Report on sanitation, dispensaries, and jails in Rajputana for 1915, and on vaccination for the year 1915-1916 - 1915-1916
Year: 1915
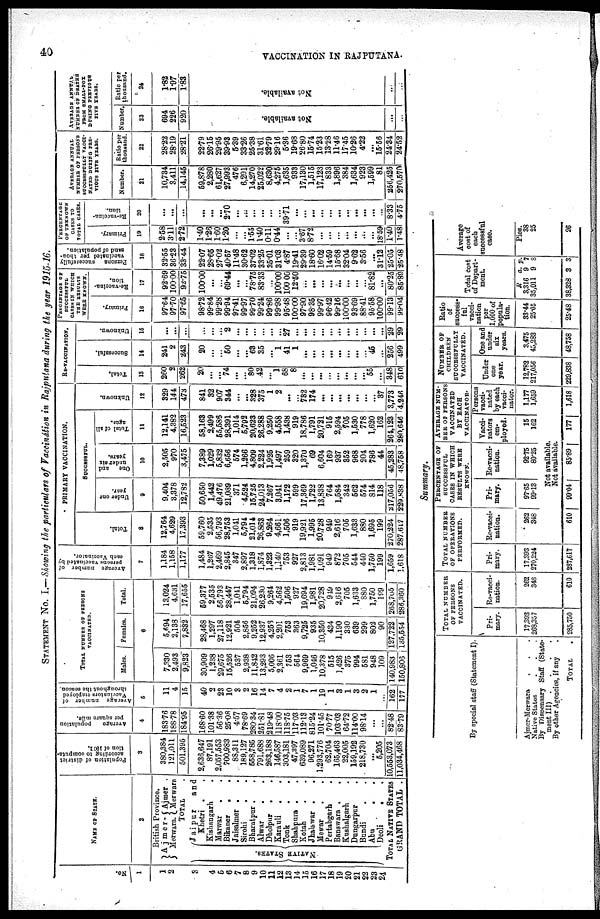
40
VACCINATION IN RAJPUTANA.
STATEMENT No. I.—Showing the particulars of Vaccination in Rajputana during the year 1915-16.
No.
1
1
2
3
4
5
6
7
8
9
10
11
12
13
14
15
16
17
18
19
20
21
22
23
24
NAME OF STATE.
2
British Province.
Ajmer-
Merwara.
Ajmer .
Merwara
TOTAL .
NATIVE STATES.
Jaipur
and
Khetri . .
Kishangarh .
Marwar . .
Bikaner
.
Jaisalmer .
Sirohi . .
Bharatpur . .
Alwar
.
.
Dholpur
. .
Karauli
. .
Tonk . .
Shahpura . .
Kotah . .
Jhalawar . .
Mewar . .
Pertabgarh .
Banswara .
.
Kushalgarh .
Dungarpur .
Bundi . .
Abu
. .
Deoli . .
TOTAL NATIVE STATES
GRAND TOTAL .
Population of district
according to computa-
tion of 1911.
3
380,384
121,011
501,395
2,636,647
87,191
2,057,553
700,983
88,311
189,127
558,785
791,688
263,188
146,587
303,181
47,397
639,089
96,271
1,293,776
62,704
165,463
22,005
159,192
218,730
...
5,205
10,553,073
11,034,468
Average
population
per
square mile.
4
183.76
188.78
184.95
168.60
101.38
56.36
25.08
4.57
78.69
280.34
251.81
219.48
118.00
118.75
117.03
112.13
815.24
101.45
70.77
103.03
64.72
114.00
98.14
...
...
82.48
83.79
Average number of
Vaccinators employed
throughout the season
5
11
4
15
40
2
23
10
3
2
16
14
7
4
2
1
7
1
19
1
3
1
3
2
1
...
162
177
TOTAL NUMBER OF PERSONS
VACCINATED.
Males.
Females.
Total.
6
7,330
2,493
9,823
30,909
1,238
29,675
15,526
537
2,938
11,842
13,293
5,006
2,361
753
564
9,969
1,046
10,378
515
1,426
375
994
581
948
109
140,983
150,806
5,694
2,138
7,832
28,468
1,297
27,118
12,921
504
2,856
9,252
12,937
4,258
2,201
753
363
9,725
935
10,350
434
1,190
330
639
299
802
90
127,722
135,554
13,024
4,631
17,655
59,377
2,535
56,793
28,447
1,041
5,794
21,094
26,230
9,264
4,562
1,506
927
19,694
1,981
20,728
949
2,616
705
1,633
880
1,750
199
268,705
286,360
Average number of
persons
vaccinated by
each Vaccinator.
7
1,184
1,158
1,177
1,484
1,267
2,469
2,845
347
2,897
1,318
1,874
1,323
1,140
753
927
2,813
1,981
1,091
949
872
705
544
440
1,750
199
1,659
1,618
PRIMARY VACCINATION.
Total.
8
12,764
4,629
17,393
59,760
2,535
56,793
28,753
1,041
5,794
21,014
26,863
9,264
4,661
1,506
919
19,921
1,995
20,728
949
2,616
705
1,633
880
1,695
199
270,224
287,617
SUCCESSFUL.
Under one
year.
9
9,404
3,378
12,782
50,650
1,442
49,476
21,089
371
4,524
15,725
24,013
7,267
3,041
1,172
599
17,369
1,722
13,838
764
1,584
342
562
574
814
118
217,056
229,838
One and
under six
years.
10
2,505
970
3,475
7,389
1,029
5,832
6,656
574
1,266
4,809
2,224
1,925
1,497
259
320
1,370
69
6,604
169
937
352
968
204
786
44
45,283
48,758
Total of all
ages.
11
12,141
4,382
16,523
58,163
2,499
55,586
28,391
1,014
5,792
20,623
26,288
9,250
4,558
1,438
919
18,786
1,791
20,721
915
2,594
705
1,530
778
1,620
162
264,123
280,646
Unknown.
12
329
144
473
841
32
907
344
...
...
328
375
1
2
...
...
732
174
...
...
...
...
...
...
...
37
3,773
4,246
RE-VACCINATION.
Total.
13
260
2
262
20
...
...
74
...
...
80
42
...
1
68
8
...
...
...
...
...
...
...
...
55
...
348
610
Successful.
14
241
2
243
20
...
...
50
...
...
63
35
...
1
41
1
...
...
...
...
...
...
...
...
45
...
256
499
Unknown.
15
...
...
...
...
...
...
2
...
...
...
...
...
...
27
...
...
...
...
...
...
...
...
...
...
...
29
29
PERCENTAGE OF
SUCCESSFUL
CASES IN WHICH
THE RESULTS
WERE KNOWN.
Primary.
16
97.64
97.70
97.65
98.72
99.84
99.28
99.94
97.41
99.97
99.70
99.24
99.86
99.98
95.48
100.00
97.90
98.35
99.97
96.42
99.16
100.00
93.69
88.41
95.58
100.00
99.13
99.04
Re-vaccina-
tion.
17
92.69
100.00
92.75
100.00
...
...
69.44
...
...
78.75
83.33
...
100.00
100.00
12.50
...
...
...
...
...
...
...
...
81.82
...
80.25
85.89
Persons
successfully
vaccinated per thou-
sand of population.
18
32.55
36.23
33.44
22.07
28.65
27.02
40.57
11.48
30.62
37.02
33.25
36.01
31.03
4.87
19.41
29.39
18.60
16.02
14.59
15.68
32.04
9.62
3.56
...
31.12
25.05
25.48
PERCENTAGE
OF UNKNOWN
CASES TO
TOTAL CASES.
Primary.
19
2.58
3.11
2.72
1.40
1.26
1.60
1.20
...
...
1.55
1.40
0.11 0.44
...
...
3.67
8.72
...
...
...
...
...
...
...
18.59
1.40
1.48
Re-vaccina-
tion.
20
...
...
...
...
...
...
2.70
...
...
...
...
...
...
39.71
...
...
...
...
...
...
...
...
...
...
...
8.33
4.75
AVERAGE ANNUAL
NUMBER OF PERSONS
SUCCESSFULLY VACCI-
NATED DURING PRE-
VIOUS FIVE YEARS.
Number.
21
10,734
3,411
14,145
59,878
2,280
61,627
27,993
476
6,291
14,270
25,022
8,630
4,275
1,635
933
17,130
1,515
17,123
833
1,896
384
1,634
923
1,599
81
256,425
270,570
Ratio per
thousand.
22
28.22
28.19
28.21
22.79
26.15
29.96
39.93
5.39
33.26
25.38
31.61
32.79
29.16
5.36
19.68
26.80
15.74
15.23
13.28
11.46
17.45
10.26
4.22
...
15.56
24.34
24.52
AVERAGE ANNUAL
NUMBER OF DEATHS
FROM SMALL-POX
DURING PREVIOUS
FIVE YEARS.
Number.
23
694
226
920
Not available.
...
...
Ratio per
thousand.
24
1.82
1.97
1.83
Not available.
...
...
Summary.
By special staff (Statement I).
Ajmer-Merwar . . .
Native States . . .
By Dispensary Staff (State-
ment III) .
.
.
.
By other Agencies, if any .
TOTAL
.
TOTAL NUMBER
OF PERSONS
VACCINATED.
Pri-
mary.
17,393
268,357
285,750
Re-vacci-
nation.
262
348
610
TOTAL NUMBER
OF OPERATIONS
PERFORMED.
Pri-
mary.
17,393
270,224
287,617
Re-vacci-
nation.
262
348
610
PERCENTAGE OF
SUCCESSFUL
CASES IN WHICH
RESULTS WERE
KNOWN.
Pri-
mary.
97.65
99.13
Re-vacci-
nation.
92.75
80.25
AVERAGE NUM-
BER OF PERSONS
VACCINATED
BY EACH
VACCINATOR.
Vacci-
nators
em-
ployed.
15
162
Not available.
Not available.
99.04
85.89
177
Persons
vacci-
nated
by each
vacci-
nator.
1,177
1,659
1,618
NUMBER OF
CHILDREN
SUCCESSFULLY
VACCINATED.
Under
one
year.
12,782
217,056
229,838
One and
under
six
years.
3,475
45,283
48,758
Ratio
of
success-
ful
vacci-
nation
per
1,000 of
popula-
tion.
33.44
25.05
25.48
Total cost
of Depart-
ment.
R
3,316
35,011
38,328
a.
9
9
3
p.
7
8
3
Average
cost of
each
successful
case.
Pies.
38
25
26